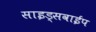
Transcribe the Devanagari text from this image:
साइड्सवाईप